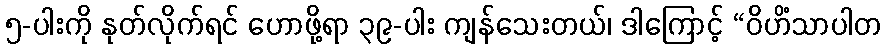
၅-ပါးကို နုတ်လိုက်ရင် ဟောဖို့ရာ ၃၉-ပါး ကျန်သေးတယ်၊ ဒါကြောင့် “ဝိဟိံသာပါတ